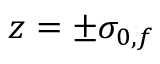
z = \pm \sigma _ { 0 , f }